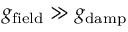
g _ { \mathrm { f i e l d } } \gg g _ { \mathrm { d a m p } }